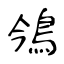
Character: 鳹